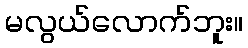
မလွယ်လောက်ဘူး။